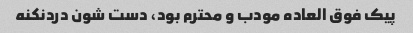
پیک فوق العاده مودب و محترم بود، دست شون دردنکنه